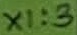
Text: X1:3